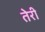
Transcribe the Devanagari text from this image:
तेेरी